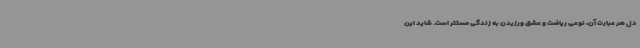
دل هر عبارت آن، نوعی ریاضت و عشق ورزیدن به زندگی مستتر است. شاید این